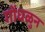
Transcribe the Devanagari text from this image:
गोंधळुन